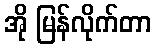
အို မြန်လိုက်တာ